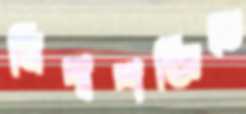
বিশ্বশক্তিতে